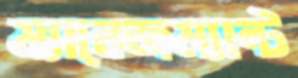
ম্যানেজম্যান্ট